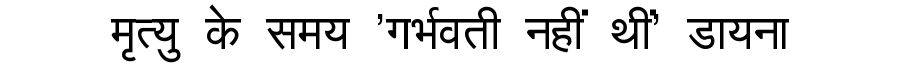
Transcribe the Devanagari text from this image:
मृत्यु के समय 'गर्भवती नहीं थीं' डायना